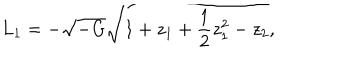
L _ { 1 } = - \sqrt { - G } \sqrt { 1 + z _ { 1 } + { \frac { 1 } { 2 } } z _ { 1 } ^ { 2 } - z _ { 2 } } ,